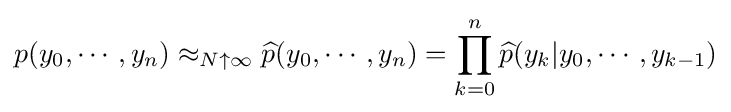
p(y_{0},\cdots ,y_{n})\approx _{N\uparrow \infty }{\widehat {p}}(y_{0},\cdots ,y_{n})=\prod _{k=0}^{n}{\widehat {p}}(y_{k}|y_{0},\cdots ,y_{k-1})